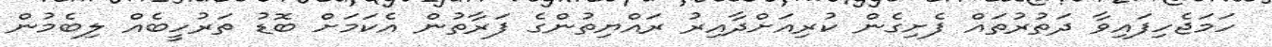
ހަމަޖެހިފައިވާ ދަތުރުތައް ފެށިގެން ކުރިއަށްދާއިރު ރައްޔިތުންގެ ފަރާތުން އެކަމަށް ބޮޑު ތަރުހީބެއް ލިބެމުން